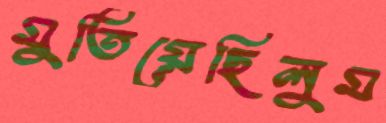
মুতিয়েছিলুম